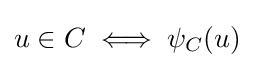
u\in C\iff \psi _{C}(u)